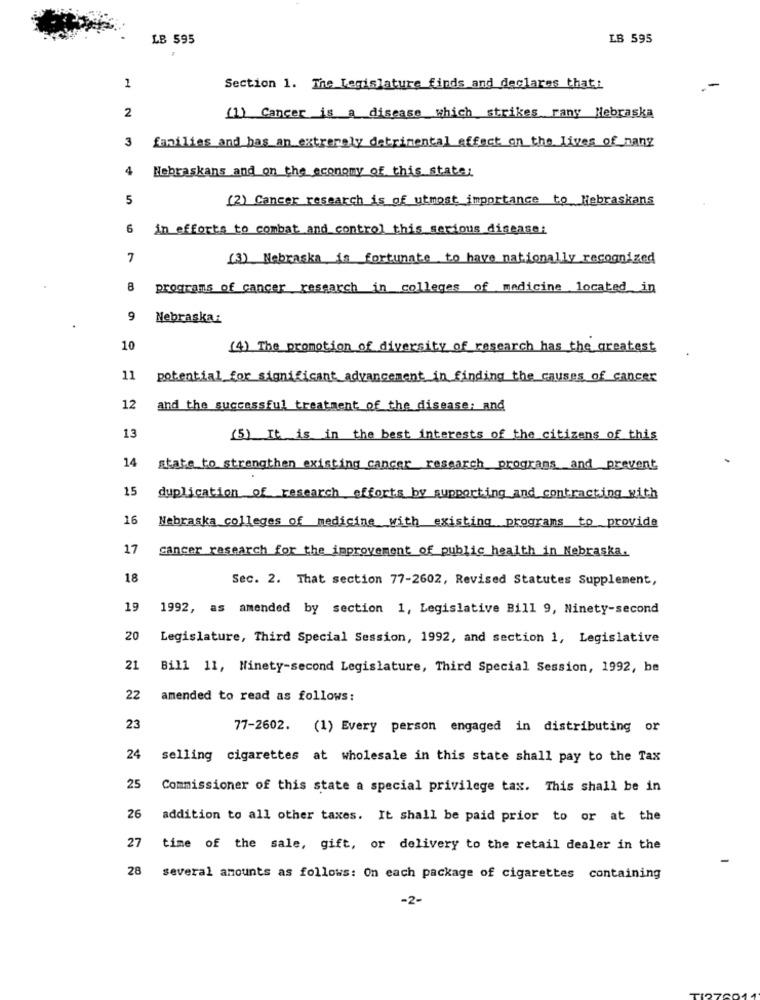
LB 595
LB 595
1
Section 1. The Legislature finds and declares thati
2
(1) Cancer is a disease which strikes rany Nebraska
3
families and has an extremely detrimental effect on the lives of nany
4
Nebraskans and on the economy of this states
5
(2) Cancer research is of utmost importance to Hebraskans
6
in efforts to combat and control this serious disease;
7
(3) Nebraska is fortunate to have nationally recognized
8
programs of cancer research in colleges of medicine located in
9
Nebraska:
10
(4) The promotion of diversity of research has the greatest
11
potential for significant advancement in finding the causes of cancer
12
and the successful treatment of the disease; and
13
(5) It is in the best interests of the citizens of this
14 state to strengthen existing cancer research programs and prevent
15
duplication of research efforts by supporting and contracting with
16
Nebraska colleges of medicine with existing programs to provide
17
cancer research for the improvement of public health in Nebraska.
18
Sec. 2. That section 77-2602, Revised Statutes Supplement,
19
1992, as amended by section 1, Legislative Bill 9, Ninety-second
20
Legislature, Third Special Session, 1992, and section 1, Legislative
21
Bill 11, Ninety-second Legislature, Third Special Session, 1992, be
22
amended to read as follows:
23
77-2602. (1) Every person engaged in distributing or
24
selling cigarettes at wholesale in this state shall pay to the Tax
25
Commissioner of this state a special privilege tax. This shall be in
26
addition to all other taxes. It shall be paid prior to or at the
27
time of the sale, gift, or delivery to the retail dealer in the
28
several amounts as follows: On each package of cigarettes containing
-2-